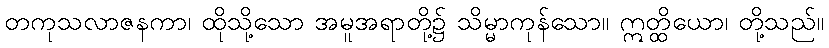
တကုသလာဇနကာ၊ ထိုသို့သော အမူအရာတို့၌ သိမ္မာကုန်သော။ ဣတ္ထိယော၊ တို့သည်။